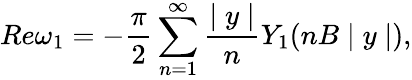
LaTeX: Re\omega_{1}=-\frac{\pi}{2}\sum_{n=1}^{\infty}\frac{\mid y\mid}{n}Y_{1}(nB\mid y\mid),